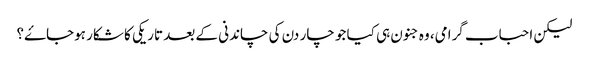
لیکن احباب گرامی، وہ جنون ہی کیا جو چار دن کی چاندنی کے بعد تاریکی کا شکار ہوجاۓ؟